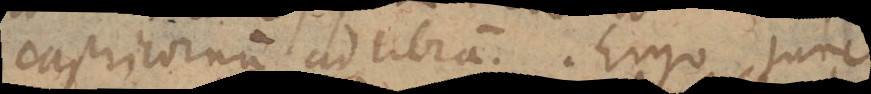
Capricornum ad Libram. Ergo tunc